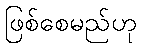
ဖြစ်စေမည်ဟု